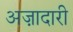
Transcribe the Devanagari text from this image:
अज़ादारी